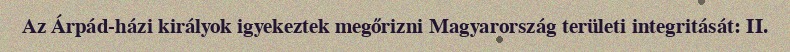
Az Árpád-házi királyok igyekeztek megőrizni Magyarország területi integritását: II.